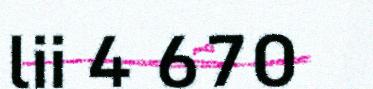
lii 4 670